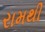
રામથી